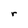
Character: r